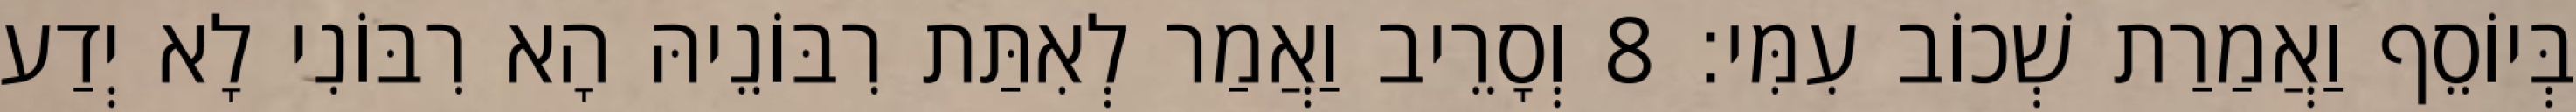
בְּיוֹסֵף וַאֲמַרַת שְׁכוֹב עִמִּי׃ 8 וְסָרֵיב וַאֲמַר לְאִתַּת רִבּוֹנֵיהּ הָא רִבּוֹנִי לָא יְדַע